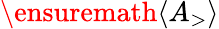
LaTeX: \ensuremath{\langle A_{>}\rangle}